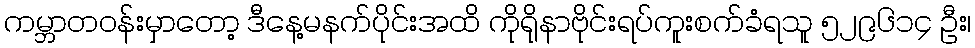
ကမ္ဘာတဝန်းမှာတော့ ဒီနေ့မနက်ပိုင်းအထိ ကိုရိုနာဗိုင်းရပ်ကူးစက်ခံရသူ ၅၂၉၆၁၄ ဦး၊